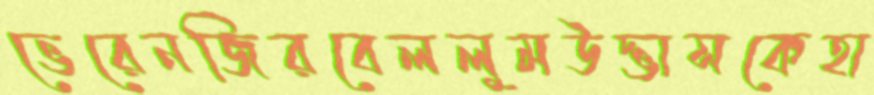
ভেরেনজিরবেললুমউদ্ভাসকেহা